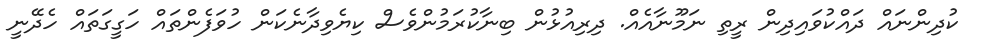
ކުދިންނައް ދައްކުވައިދިން ރީތި ނަމޫނާއެއް. ދިރިއުޅުން ބިނާކުރަމުންވެސް ކިޔެވިދާނެކަން ހުވަފެންތައް ހަގީގަތައް ހެދޭނީ